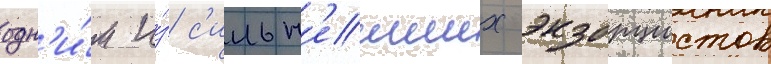
одн'и́м и́з с'ильн'еиших экзорцистов